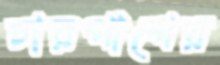
চারপাশের